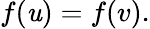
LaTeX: f(\mathit{u})=f(v).